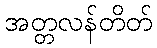
အတ္တလန်တိတ်